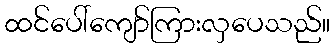
ထင်ပေါ်ကျော်ကြားလှပေသည်။